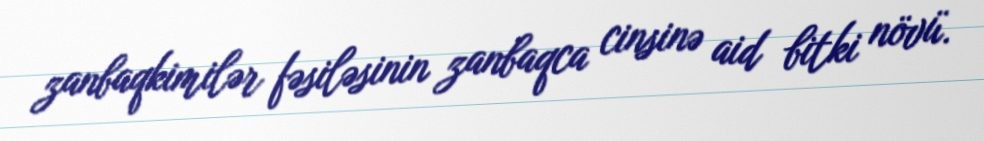
zanbaqkimilər fəsiləsinin zanbaqca cinsinə aid bitki növü.